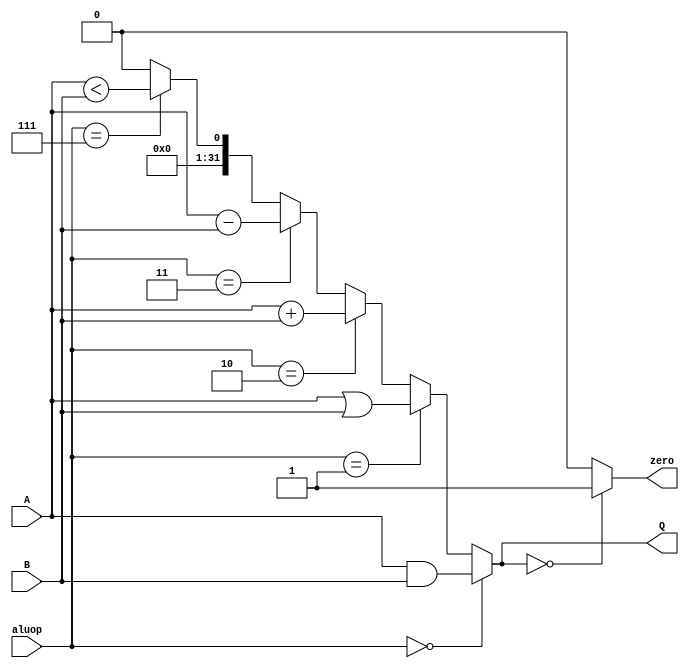
`timescale 1ns/1ns
module ALU(input[31:0] A , B , input[2:0] aluop ,output [31:0] Q , output zero);
  assign Q = (aluop == 3'b000) ? A&B :
             (aluop == 3'b001) ? A|B :
             (aluop == 3'b010) ? A+B :
             (aluop == 3'b011) ? A-B :
             (aluop == 3'b111) ? A<B : 32'b0 ; // 32'b0 is considered invalid value
  assign zero = (Q == 0)? 1 : 0;
endmodule